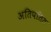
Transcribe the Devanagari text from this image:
अतिपतित